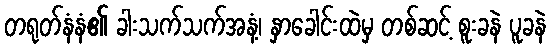
တရုတ်နံနံ၏ ခါးသက်သက်အနံ့၊ နှာခေါင်းထဲမှ တစ်ဆင့် စူးခနဲ ပူခနဲ